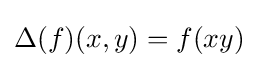
\Delta (f)(x,y)=f(xy)